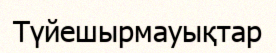
Түйешырмауықтар